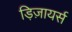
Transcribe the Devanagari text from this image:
ड़िज़ायर्स